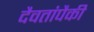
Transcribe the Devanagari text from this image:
दैवतांपैकी